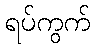
ရပ်ကွက်